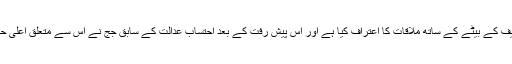
فیصلے میں کہا گیا ہے کہ انہوں نے اپنے بیان حلفی میں مجرم نواز شریف کے بیٹے کے ساتھ ملاقات کا اعتراف کیا ہے اور اس پیش رفت کے بعد احتساب عدالت کے سابق جج نے اس سے متعلق اعلی حکام کو نہ ہی آگاہ کیا اور نہ ہی وہ خود عدالتی کارروائی سے الگ ہوئے۔